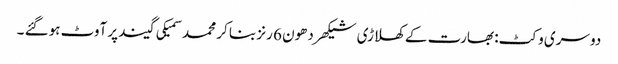
دوسری وکٹ: بھارت کے کھلاڑی شیکھر دھون 6 رنز بنا کر محمد سمیکی گیند پر آوٹ ہوگئے ۔